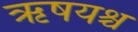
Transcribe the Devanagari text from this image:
ऋषयश्च